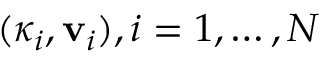
( \kappa _ { i } , \mathbf { v } _ { i } ) , i = 1 , \ldots , N